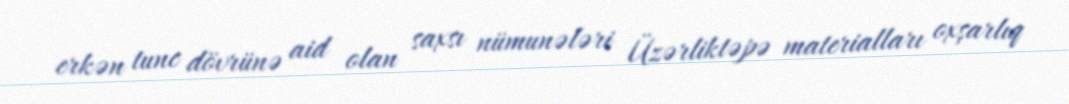
erkən tunc dövrünə aid olan saxsı nümunələri Üzərliktəpə materialları oxşarlıq